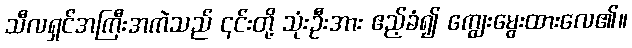
သီလရှင်အကြီးအကဲသည် ၎င်းတို့ သုံးဦးအား ဧည့်ခံ၍ ကျွေးမွေးထားလေ၏။